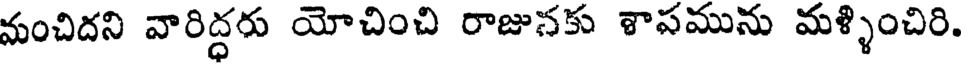
మంచిదని వారిద్ధరు యోచించి రాజునకు శాపమును మళ్ళించిరి.